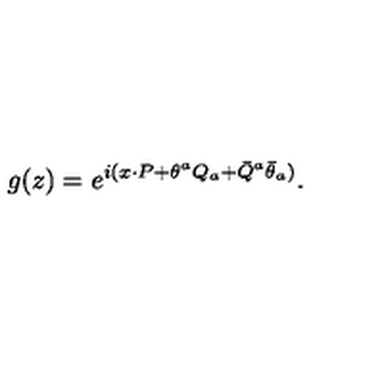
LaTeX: g ( z ) = \displaystyle { e ^ { i ( x { \cdot P } + \theta ^ { a } Q _ { a } + \bar { Q } ^ { a } \bar { \theta } _ { a } ) } } .